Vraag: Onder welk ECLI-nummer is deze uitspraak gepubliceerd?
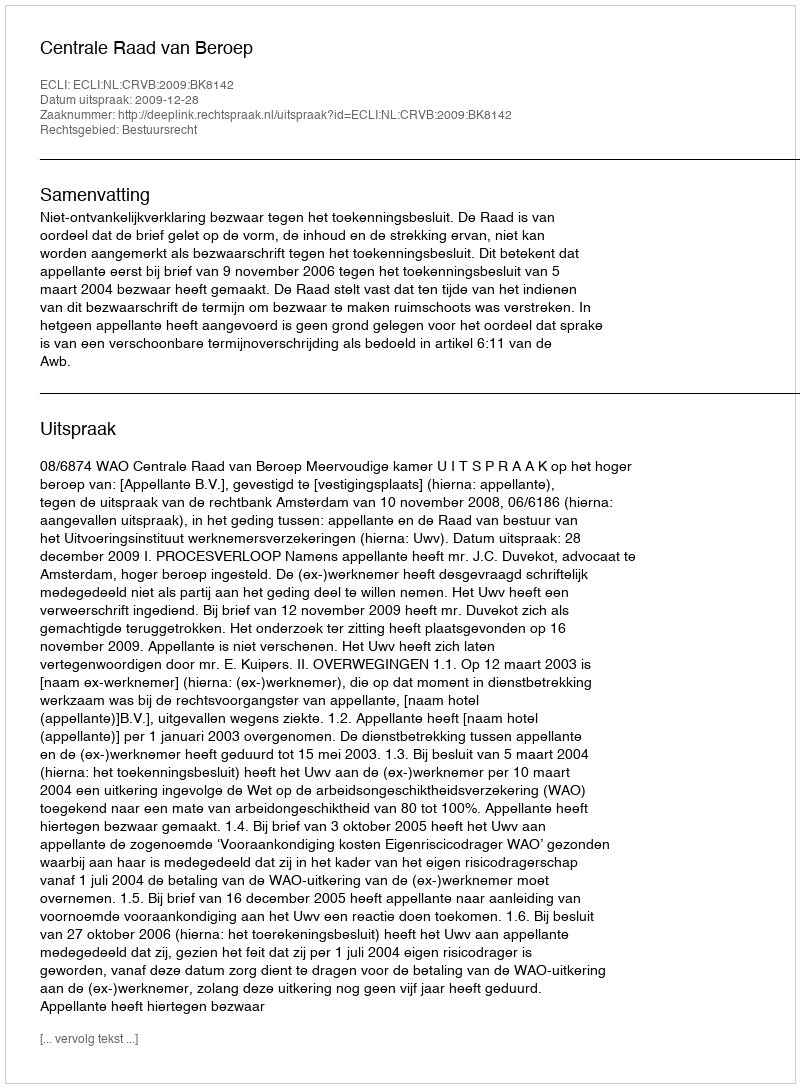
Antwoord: ECLI:NL:CRVB:2009:BK8142